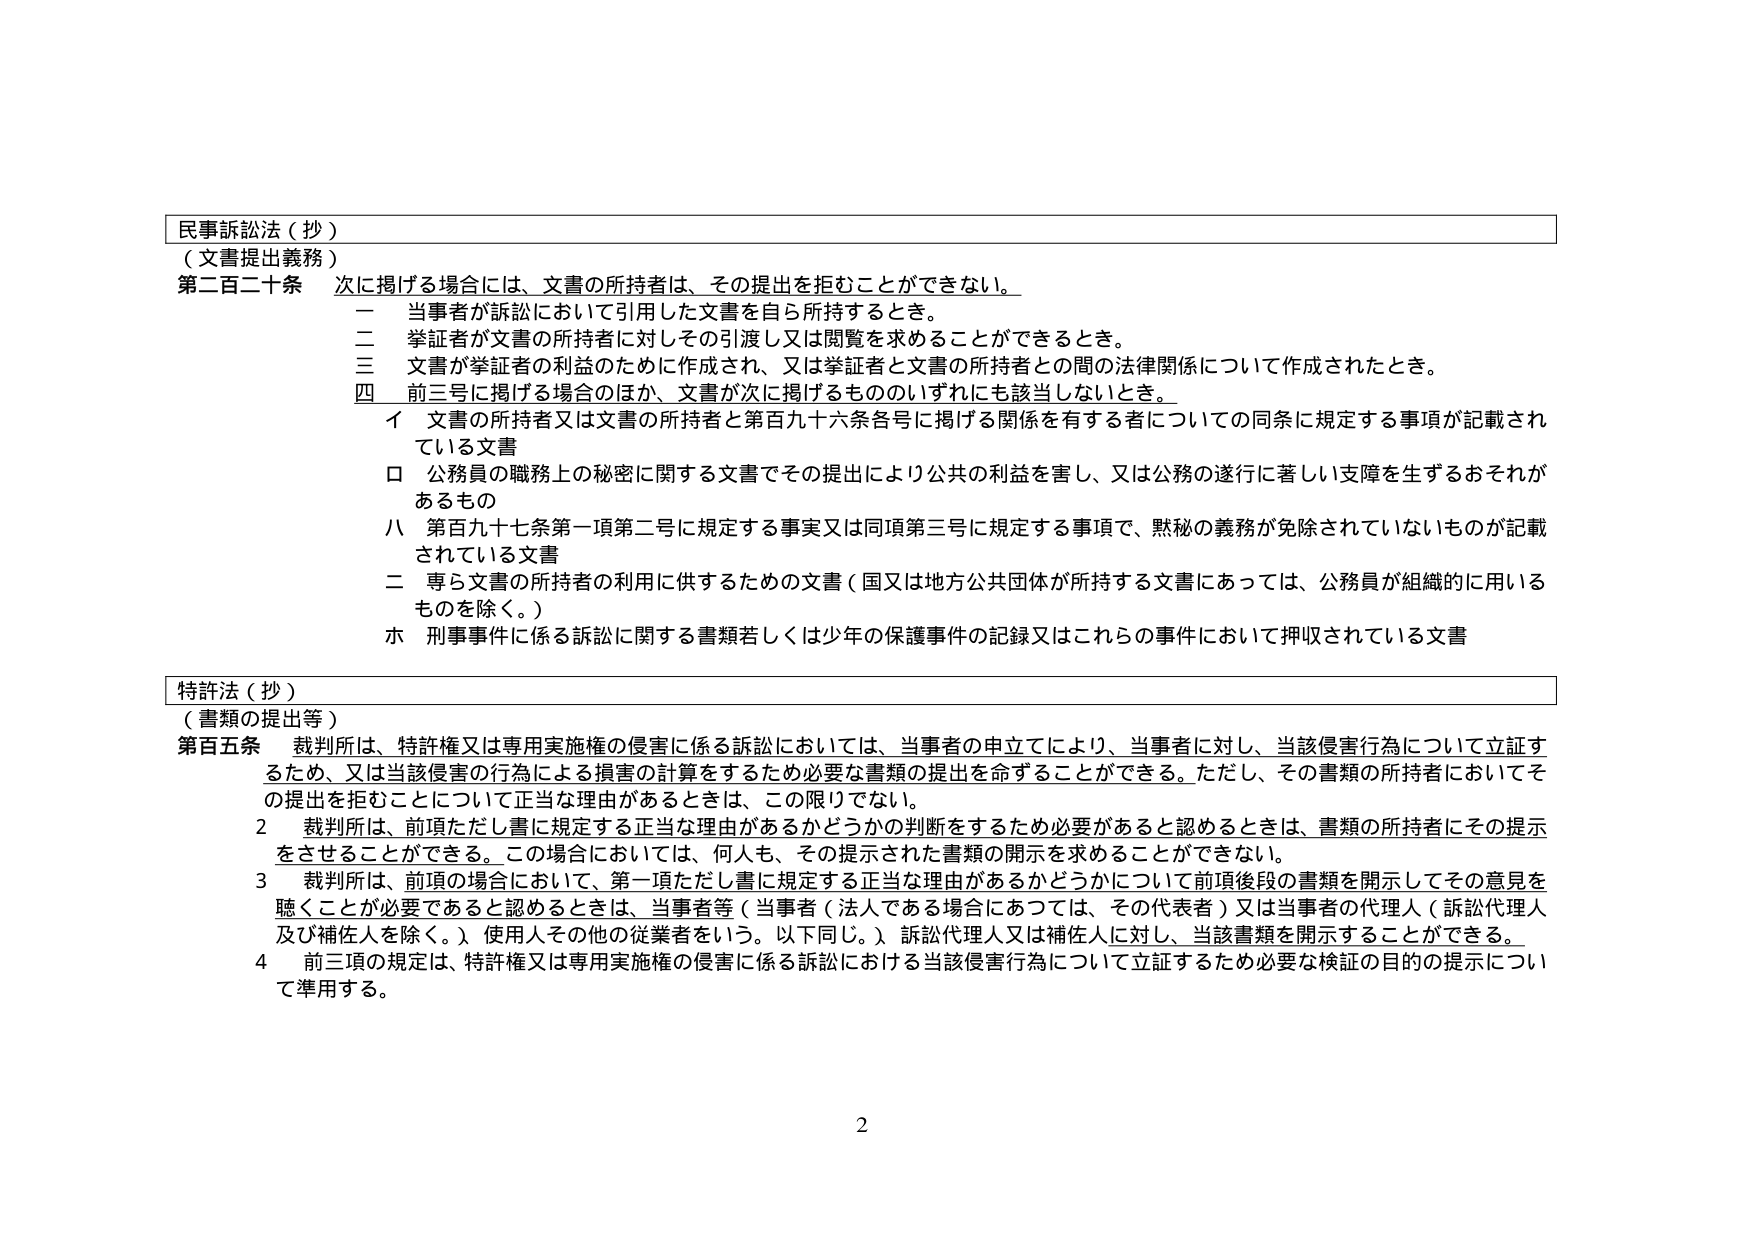
民事訴訟法（抄）
（文書提出義務）
第二百二十条 次に掲げる場合には、文書の所持者は、その提出を拒むことができない。
　一 当事者が訴訟において引用した文書を自ら所持するとき。
　二 挙証者が文書の所持者に対しその引渡し又は閲覧を求めることができるとき。
　三 文書が挙証者の利益のために作成され、又は挙証者と文書の所持者との間の法律関係について作成されたとき。
　四 前三号に掲げる場合のほか、文書が次に掲げるもののいずれにも該当しないとき。
　　　イ 文書の所持者又は文書の所持者と第百九十六条各号に掲げる関係を有する者についての同条に規定する事項が記載されている文書
　　　ロ 公務員の職務上の秘密に関する文書でその提出により公共の利益を害し、又は公務の遂行に著しい支障を生ずるおそれがあるもの
　　　ハ 第百九十七条第一項第二号に規定する事実又は同項第三号に規定する事項で、黙秘の義務が免除されていないものが記載されている文書
　　　二 専ら文書の所持者の利用に供するための文書（国又は地方公共団体が所持する文書にあっては、公務員が組織的に用いるものを除く。）
　　　ホ 刑事事件に係る訴訟に関する書類若しくは少年の保護事件の記録又はこれらの事件において押収されている文書

特許法（抄）
（書類の提出等）
第百五条 裁判所は、特許権又は専用実施権の侵害に係る訴訟においては、当事者の申立てにより、当事者に対し、当該侵害行為について立証するため、又は当該侵害の行為による損害の計算をするため必要な書類の提出を命ずることができる。ただし、その書類の所持者においてその提出を拒むことについて正当な理由があるときは、この限りでない。
　2 裁判所は、前項ただし書に規定する正当な理由があるかどうかの判断をするため必要があると認めるときは、書類の所持者にその提示をさせることができる。この場合においては、何人も、その提示された書類の開示を求めることができない。
　3 裁判所は、前項の場合において、第一項ただし書に規定する正当な理由があるかどうかについて前項後段の書類を開示してその意見を聴くことが必要であると認めるときは、当事者等（当事者（法人である場合にあつては、その代表者）又は当事者の代理人（訴訟代理人及び補佐人を除く。）使用人その他の従業者をいう。以下同じ。）訴訟代理人又は補佐人に対し、当該書類を開示することができる。
　4 前三項の規定は、特許権又は専用実施権の侵害に係る訴訟における当該侵害行為について立証するため必要な検証の目的の提示について準用する。

2